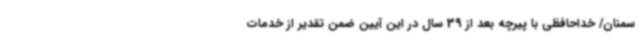
سمنان/ خداحافظی با پیرچه بعد از 39 سال در این آیین ضمن تقدیر از خدمات